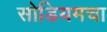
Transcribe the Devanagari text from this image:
सोडियमचा